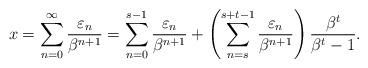
LaTeX: \begin{align*}x=\sum_{n=0}^\infty\frac{\varepsilon_n}{\beta^{n+1}}=\sum_{n=0}^{s-1}\frac{\varepsilon_n}{\beta^{n+1}} + \left(\sum_{n=s}^{s+t-1}\frac{\varepsilon_n}{\beta^{n+1}}\right) \frac{\beta^t}{\beta^t-1}.\end{align*}